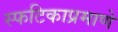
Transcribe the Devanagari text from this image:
स्फटिकाप्रमाणे